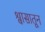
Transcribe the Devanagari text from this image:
श्वासातून